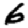
Digit: 6